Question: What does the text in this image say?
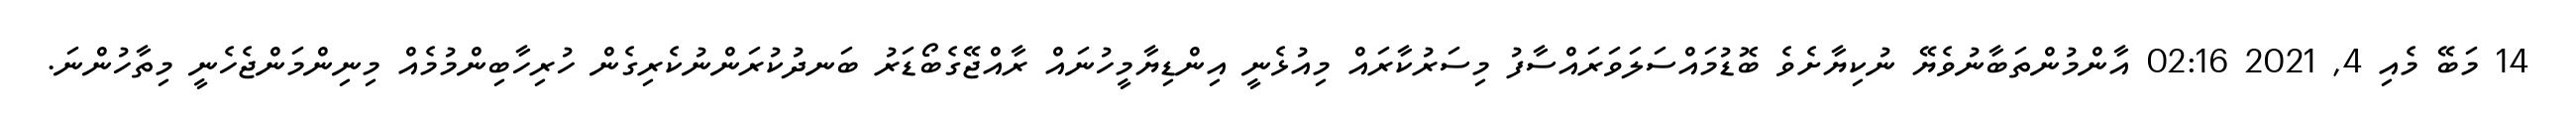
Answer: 14 މަބޭ މެއި 4, 2021 02:16 އާންމުންތަބާނުވެޔޭ ނުކިޔާށެވެ ބޮޑުމައްސަލަވަރައްސާފު މިސަރުކާރައް މިއުޅެނީ އިންޑިޔާމީހުނައް ރާއްޖޭގެބޯޑަރު ބަނދުކުރަންނުކެރިގެން ހުރިހާބިންމުމެއް މިނިންމަންޖެހެނީ މިތާހުންނަ.